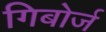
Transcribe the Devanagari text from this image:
गिबोर्ज